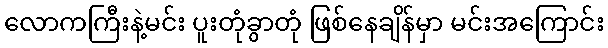
လောကကြီးနဲ့မင်း ပူးတုံခွာတုံ ဖြစ်နေချိန်မှာ မင်းအကြောင်း